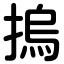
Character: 摀